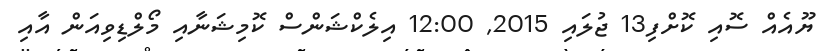
ޔޫއެއް ސޮއި ކޮށްފި13 ޖުލައި 2015